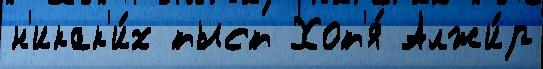
н'икак'и́х тыст Хот'я́ Алжи́р